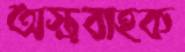
অস্ত্রবাহক